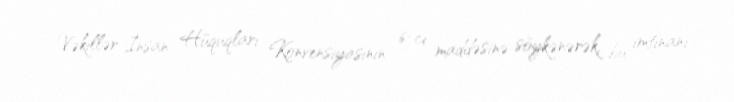
Vəkillər İnsan Hüquqları Konvensiyasının 6-cı maddəsinə söykənərək, bu imtinanı